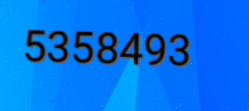
5358493